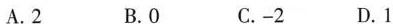
A.2 B.O C.-2 D.1